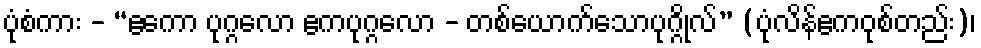
ပုံစံကား - “ဧကော ပုဂ္ဂလော ဧကပုဂ္ဂလော - တစ်ယောက်သောပုဂ္ဂိုလ်” (ပုံလိန်ဧကဝုစ်တည်း)၊